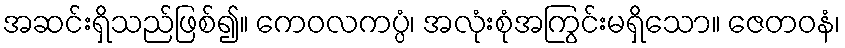
အဆင်းရှိသည်ဖြစ်၍။ ကေဝလကပ္ပံ၊ အလုံးစုံအကြွင်းမရှိသော။ ဇေတဝနံ၊